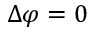
\Delta \varphi = 0